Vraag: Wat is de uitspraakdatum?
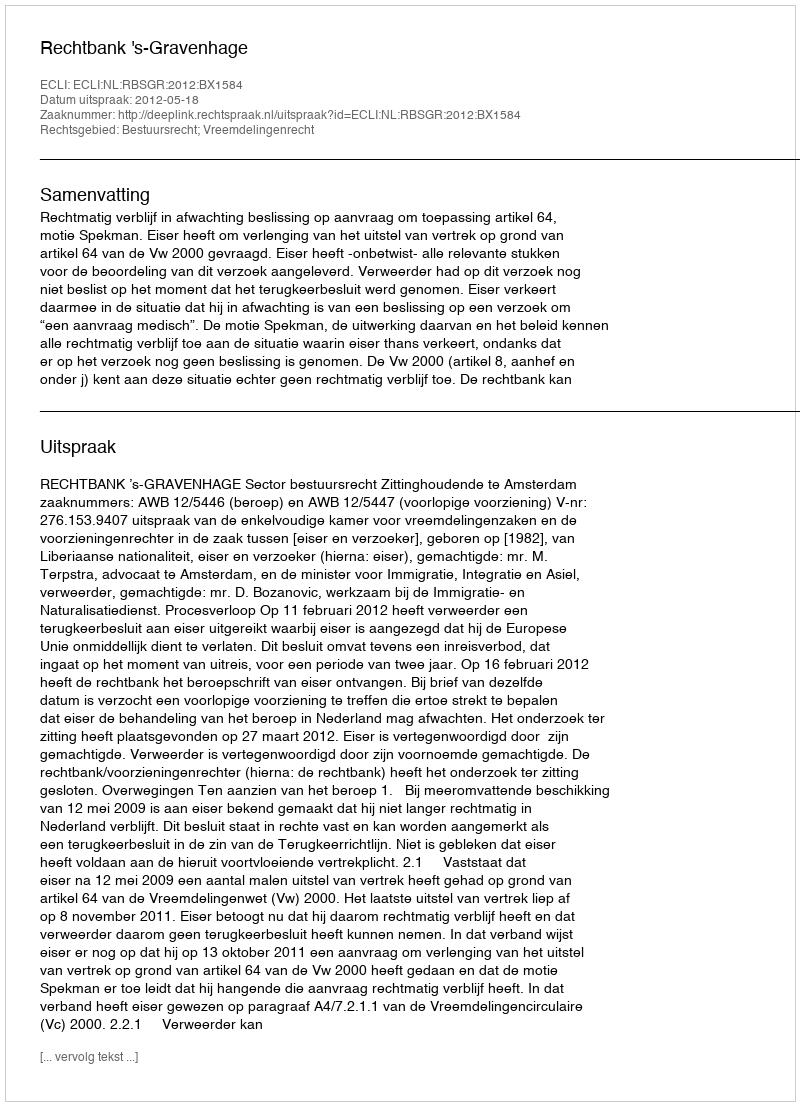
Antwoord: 2012-05-18